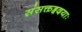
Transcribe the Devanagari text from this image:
संसक्तहृदयाः